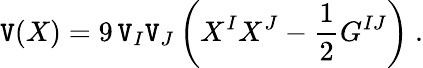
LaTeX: \mathtt{V}(X)=9\, \mathtt{V}_{I}\mathtt{V}_{J}\left(X^{I}X^{J}-{\frac{{1}}{{2}}}G^{IJ}\right)\ .